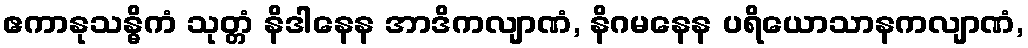
ဧကာနုသန္ဓိကံ သုတ္တံ နိဒါနေန အာဒိကလျာဏံ, နိဂမနေန ပရိယောသာနကလျာဏံ,